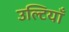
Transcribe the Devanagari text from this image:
उल्टियाँ